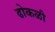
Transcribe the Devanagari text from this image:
ढोकळी